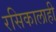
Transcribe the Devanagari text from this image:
रसिकालाही